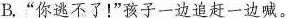
B.”你逃不了！”孩子一边追赶一边喊。